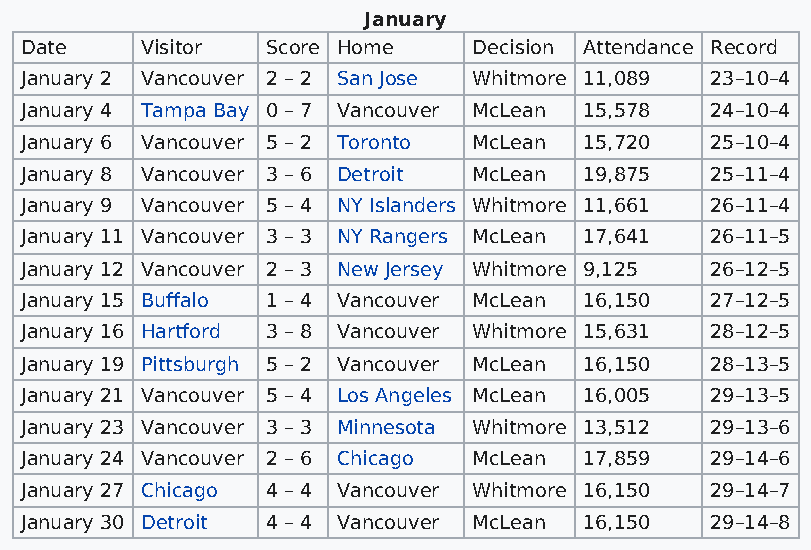
January
 Date    Visitor  Score Home   Decision Attendance Record
 January 2 Vancouver 2 – 2 San Jose Whitmore 11,089 23–10–4
 January 4 Tampa Bay 0 – 7 Vancouver McLean 15,578 24–10–4
 January 6 Vancouver 5 – 2 Toronto McLean 15,720 25–10–4
 January 8 Vancouver 3 – 6 Detroit McLean 19,875 25–11–4
 January 9 Vancouver 5 – 4 NY Islanders Whitmore 11,661 26–11–4
 January 11 Vancouver 3 – 3 NY Rangers McLean 17,641 26–11–5
 January 12 Vancouver 2 – 3 New Jersey Whitmore 9,125 26–12–5
 January 15 Buffalo 1 – 4 Vancouver McLean 16,150 27–12–5
 January 16 Hartford 3 – 8 Vancouver Whitmore 15,631 28–12–5
 January 19 Pittsburgh 5 – 2 Vancouver McLean 16,150 28–13–5
 January 21 Vancouver 5 – 4 Los Angeles McLean 16,005 29–13–5
 January 23 Vancouver 3 – 3 Minnesota Whitmore 13,512 29–13–6
 January 24 Vancouver 2 – 6 Chicago McLean 17,859 29–14–6
 January 27 Chicago 4 – 4 Vancouver Whitmore 16,150 29–14–7
 January 30 Detroit 4 – 4 Vancouver McLean 16,150 29–14–8